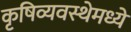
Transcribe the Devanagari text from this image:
कृषिव्यवस्थेमध्ये